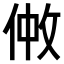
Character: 𠉿